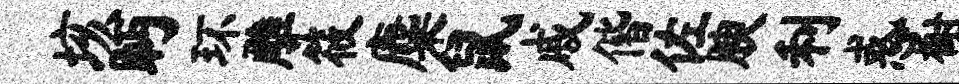
垓眄环雕筱麋鼠戚偕佐腴利惑榭